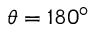
\theta = 1 8 0 ^ { \circ }